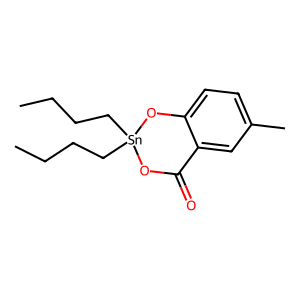
SMILES: CCCC[Sn]1(CCCC)OC(=O)c2cc(C)ccc2O1
Inhibits HIV replication: No